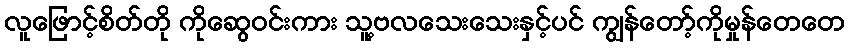
လူဖြောင့်စိတ်တို ကိုဆွေဝင်းကား သူ့ဗလသေးသေးနှင့်ပင် ကျွန်တော့်ကိုမှုန်တေတေ